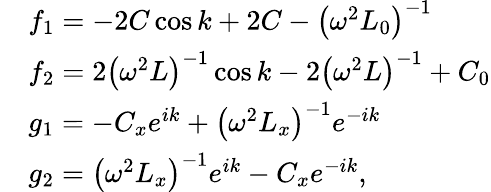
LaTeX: \begin{array}{rl}&{f_{1}=-2C\cos k+2C-\left(\omega^{2}L_{0}\right)^{-1}}\\ &{f_{2}=2\left(\omega^{2}L\right)^{-1}\cos k-2\left(\omega^{2}L\right)^{-1}+C_{0}}\\ &{g_{1}=-C_{x}e^{ik}+\left(\omega^{2}L_{x}\right)^{-1}e^{-ik}}\\ &{g_{2}=\left(\omega^{2}L_{x}\right)^{-1}e^{ik}-C_{x}e^{-ik},}\end{array}